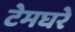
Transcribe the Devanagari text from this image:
टेमघरे